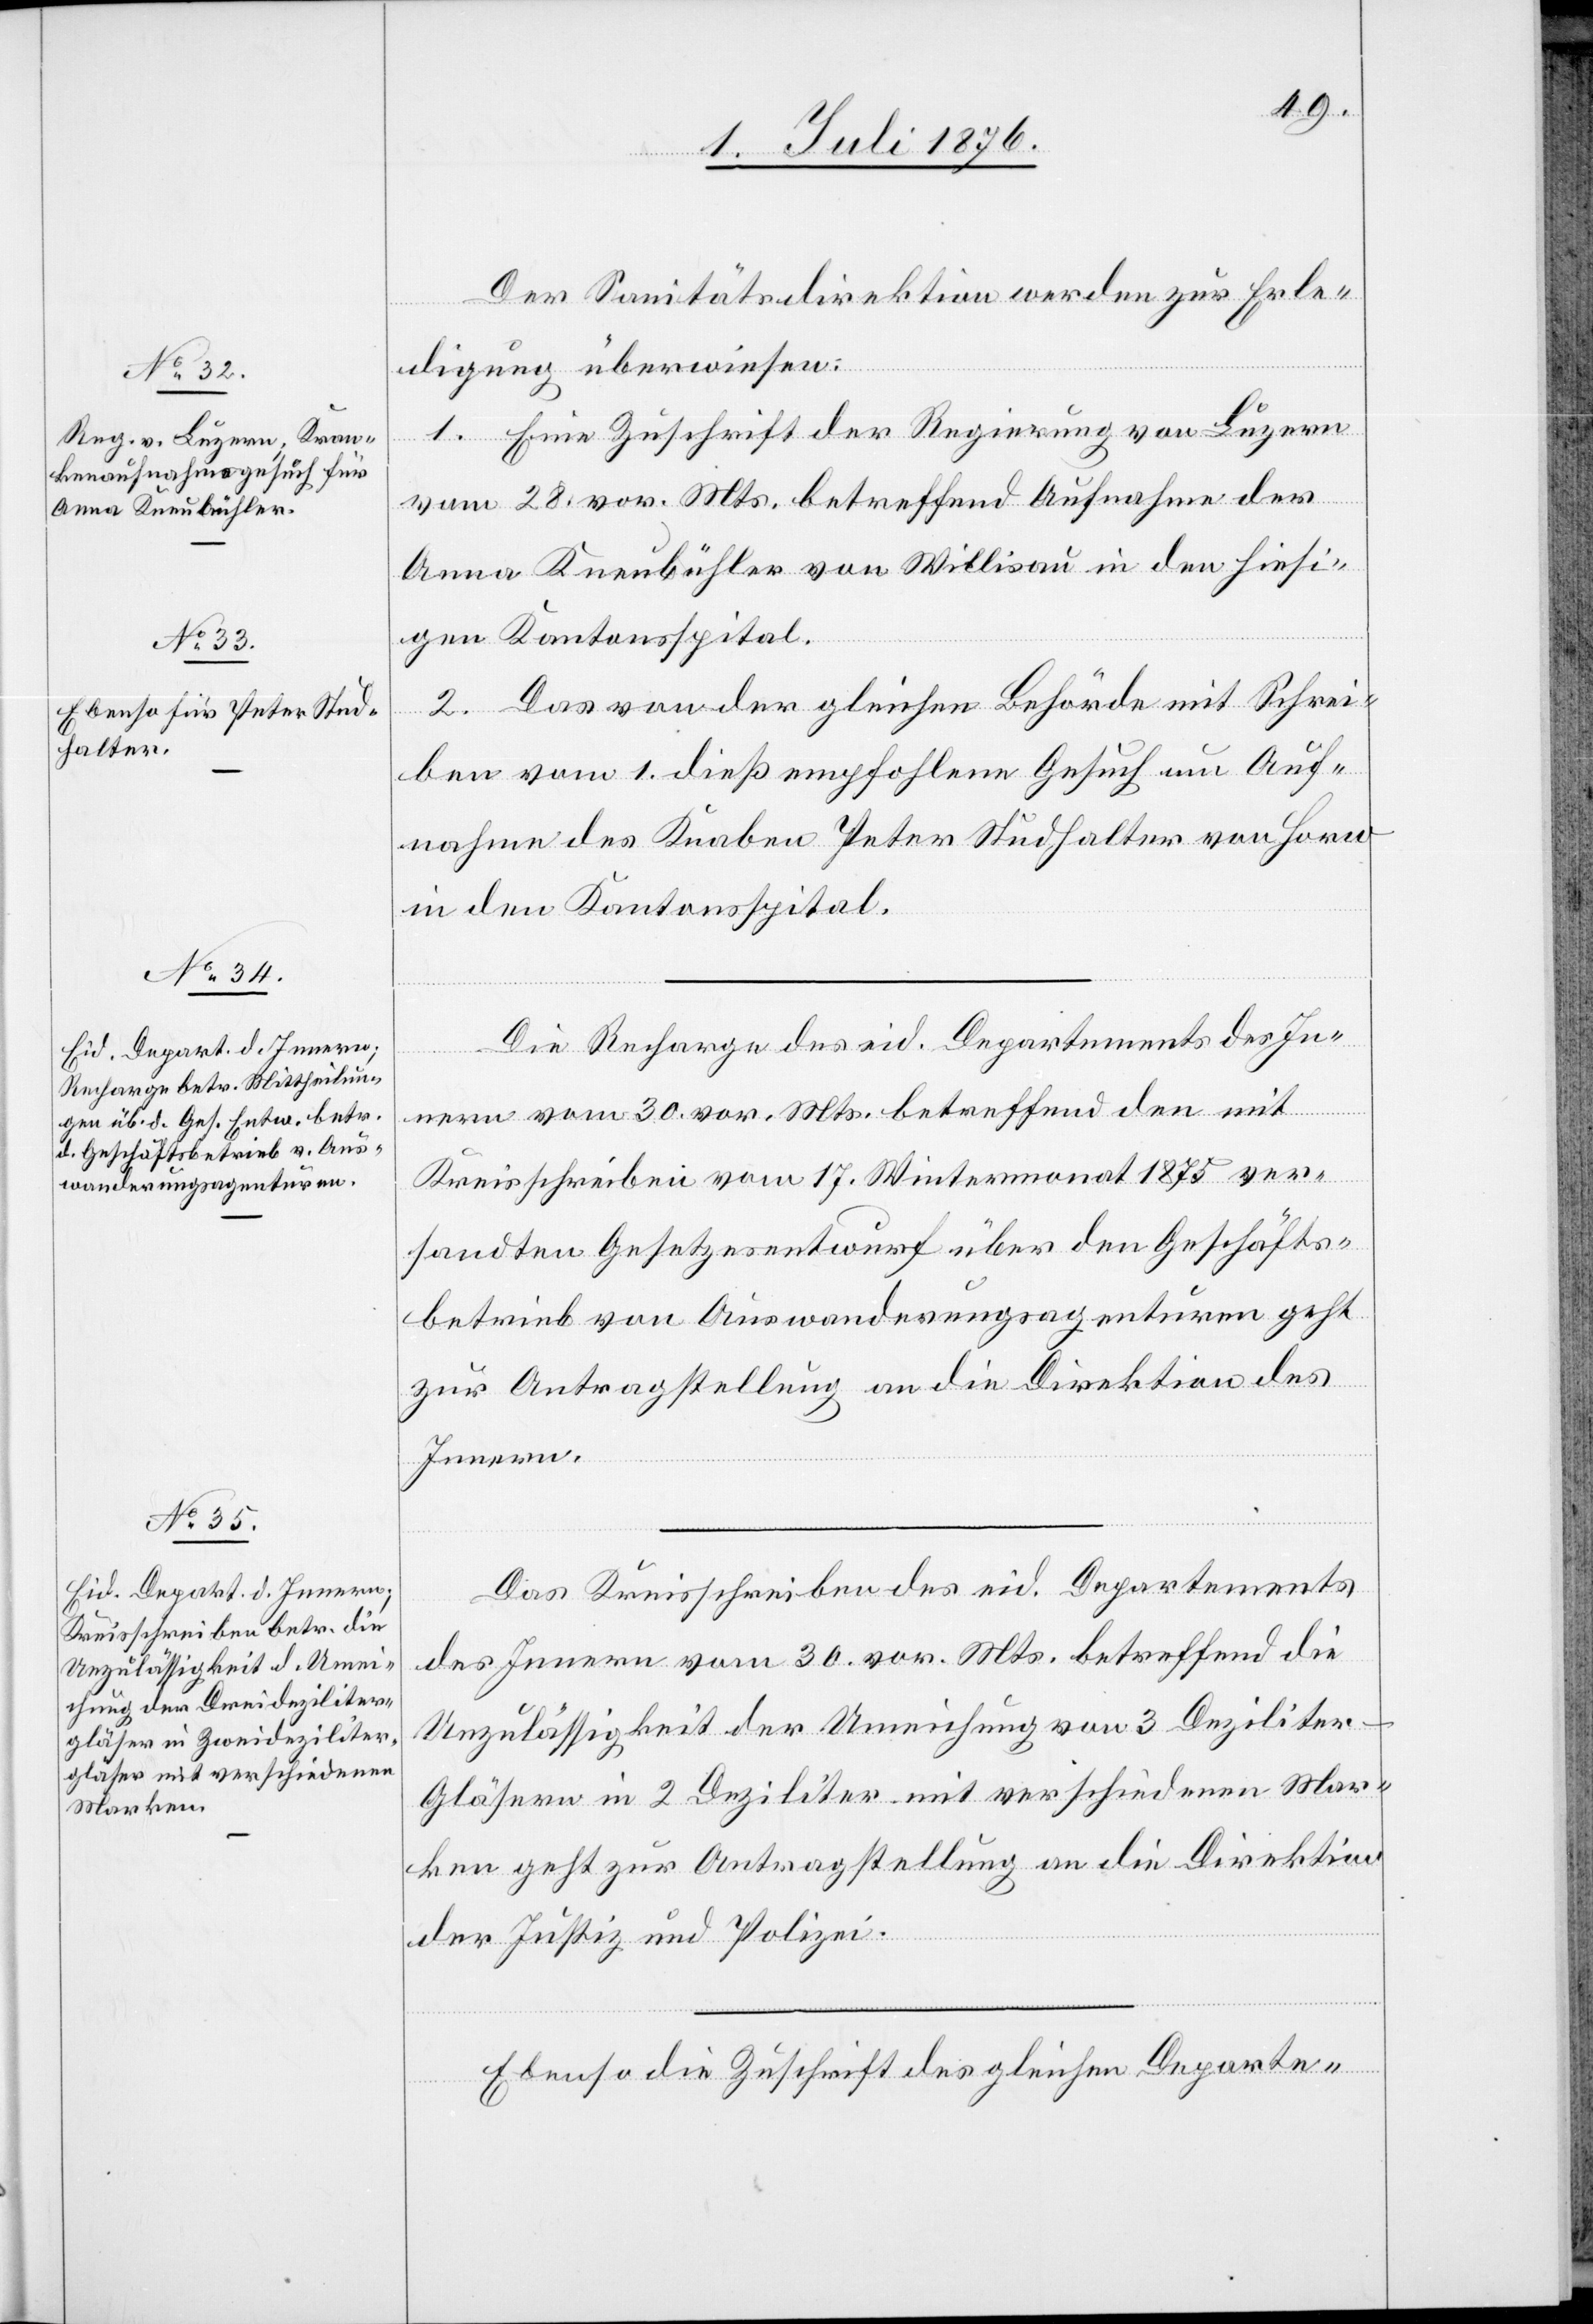
3. Juli 1876.]
Der Sanitätsdirektion werden zur Erle¬
digung überwiesen:
1. Eine Zuschrift der Regierung von Luzern
vom 28. vor. Mts. betreffend Aufnahme der
Anna Kneubühler von Willisau in den hiesi¬
gen Kantonsspital.
2. Das von der gleichen Behörde mit Schrei¬
ben vom 1. dieß empfohlene Gesuch um Auf¬
nahme des Knaben Peter Studhalter von Horw
in den Kantonsspital.
Die Recharge des eid. Departements des In¬
nern vom 30. vor. Mts. betreffend den mit
Kreisschreiben vom 17. Wintermonat 1875 ver¬
sandten Gesetzesentwurf über en Geschäfts¬
betrieb von Auswanderungsagenturen geht
zur Antragstellung an die Direktion des
Innern.
Das Kreisschreiben des. eid. Departements
des Innern vom 30. vor. Mts. betreffend die
Unzulässigkeit der Umeichung von 3 Deziliter-G¬
läsern in 2 Deziliter mit verschiedenen Mar¬
ken geht zur Antragstellung an die Direktion
der Justiz und Polizei.
Ebenso die Zuschrift des gleichen Departe-